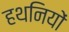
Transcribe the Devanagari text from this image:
हथनियों